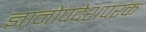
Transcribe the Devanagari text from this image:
ज्ञानोपदेशपरक